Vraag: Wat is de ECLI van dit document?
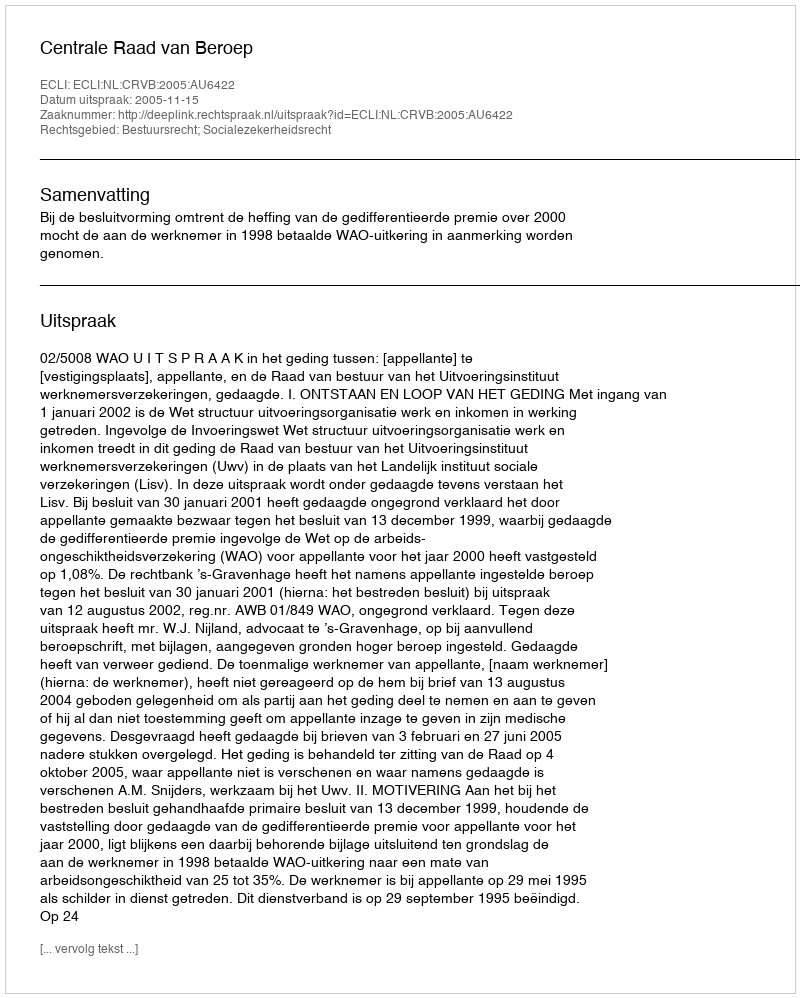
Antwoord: ECLI:NL:CRVB:2005:AU6422